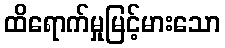
ထိရောက်မှုမြင့်မားသော